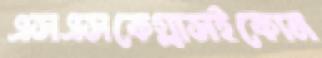
এসএসকেগ্লাসইকোন